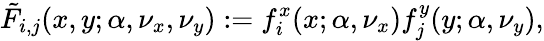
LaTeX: \tilde{F}_{i,j}(x,y;\alpha,\nu_{x},\nu_{y}):=f_{i}^{x}(x;\alpha,\nu_{x})f_{j}^{y}(y;\alpha,\nu_{y}),